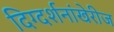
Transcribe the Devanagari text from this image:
दिग्दर्शनांखेरीज